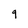
Character: g